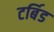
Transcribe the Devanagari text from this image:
टर्बिड